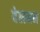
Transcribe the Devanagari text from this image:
वेलमन